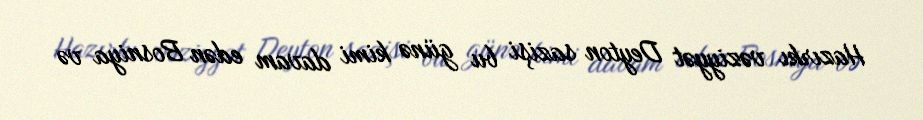
Hazırkı vəziyyət Deyton sazişi bu günə kimi davam edən Bosniya və